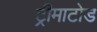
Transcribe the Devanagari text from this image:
ट्रीमाटोड